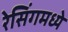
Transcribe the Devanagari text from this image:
रेसिंगमध्ये